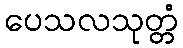
ပေသလသုတ္တံ